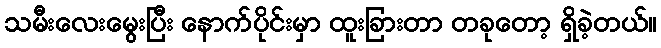
သမီးလေးမွေးပြီး နောက်ပိုင်းမှာ ထူးခြားတာ တခုတော့ ရှိခဲ့တယ်။